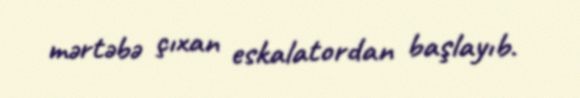
mərtəbə çıxan eskalatordan başlayıb.